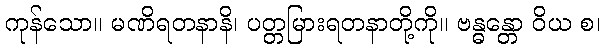
ကုန်သော။ မဏိရတနာနိ၊ ပတ္တမြားရတနာတို့ကို။ ဗန္ဓန္တော ဝိယ စ၊